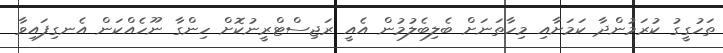
ތަހުގީގު ކުރަމުންދާ ކަމަށާއި މިހާތަނަށް ބެލިބެލުމުން އެއީ ރަޖިސްޓްރީނުކޮށް ހިންގާ ނޫހެއްކަން އެނގިފައިވާ